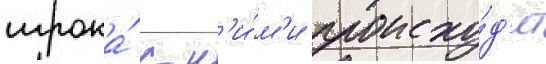
игрока́ с н'и́м'и происхо́д'ит